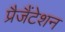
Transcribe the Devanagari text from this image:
प्रैजैंटेशन